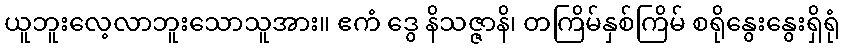
ယူဘူးလေ့လာဘူးသောသူအား။ ဧကံ ဒွေ နိသဇ္ဇာနိ၊ တကြိမ်နှစ်ကြိမ် စရိုနွေးနွေးရှိရုံ